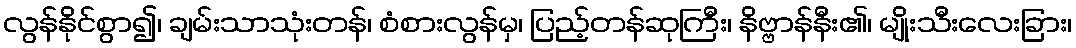
လွန်နိုင်စွာ၍၊ ချမ်းသာသုံးတန်၊ စံစားလွန်မှ၊ ပြည့်တန်ဆုကြီး၊ နိဗ္ဗာန်နီး၏၊ မျိုးသီးလေးခြား၊